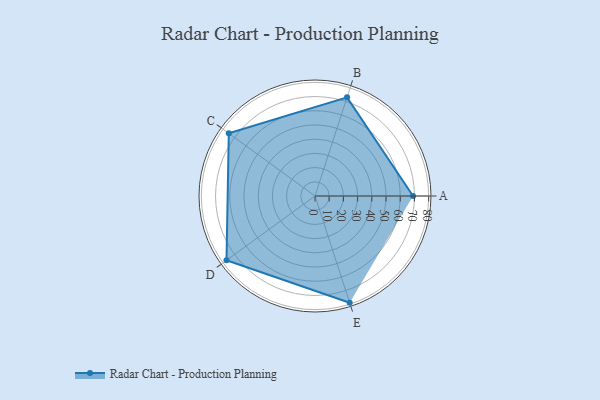
{"axis": {"x": "Skill", "y": "Score"}, "legend": ["Profile"], "data": [{"x": "A", "y": 69.0, "type": "Profile"}, {"x": "B", "y": 73.0, "type": "Profile"}, {"x": "C", "y": 75.0, "type": "Profile"}, {"x": "D", "y": 77.0, "type": "Profile"}, {"x": "E", "y": 79.0, "type": "Profile"}]}